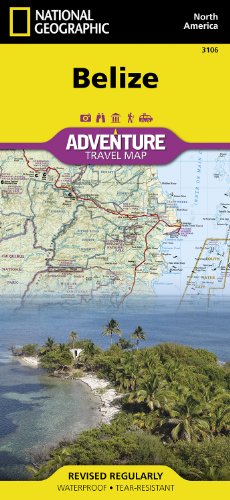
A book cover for Belize (National Geographic Adventure Map); National Geographic Maps - Adventure; Reference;